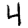
Digit: 4